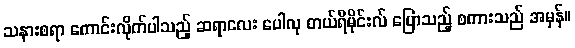
သနားစရာ ကောင်းလိုက်ပါသည့် ဆရာလေး ပေါလု တယ်ရီမိုင်းလ် ပြောသည့် စကားသည် အမှန်။